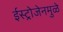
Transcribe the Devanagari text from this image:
ईस्ट्रोजेनमुळे